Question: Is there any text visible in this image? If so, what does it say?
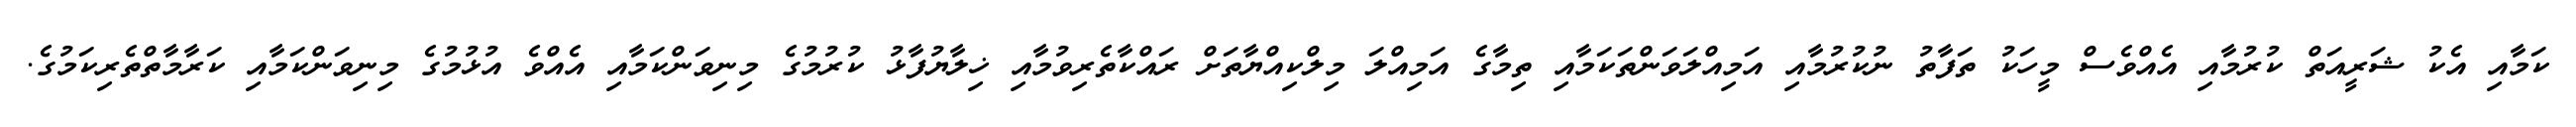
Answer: ކަމާއި އެކު ޝަރީއަތް ކުރުމާއި އެއްވެސް މީހަކު ތަފާތު ނުކުރުމާއި އަމިއްލަވަންތަކަމާއި ތިމާގެ އަމިއްލަ މިލްކިއްޔާތަށް ރައްކާތެރިވުމާއި ޚިލާޔުފާޅު ކުރުމުގެ މިނިވަންކަމާއި އެއްވެ އުޅުމުގެ މިނިވަންކަމާއި ކަރާމާތްތެރިކަމުގެ.